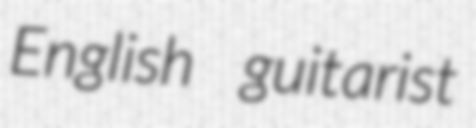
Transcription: English guitarist